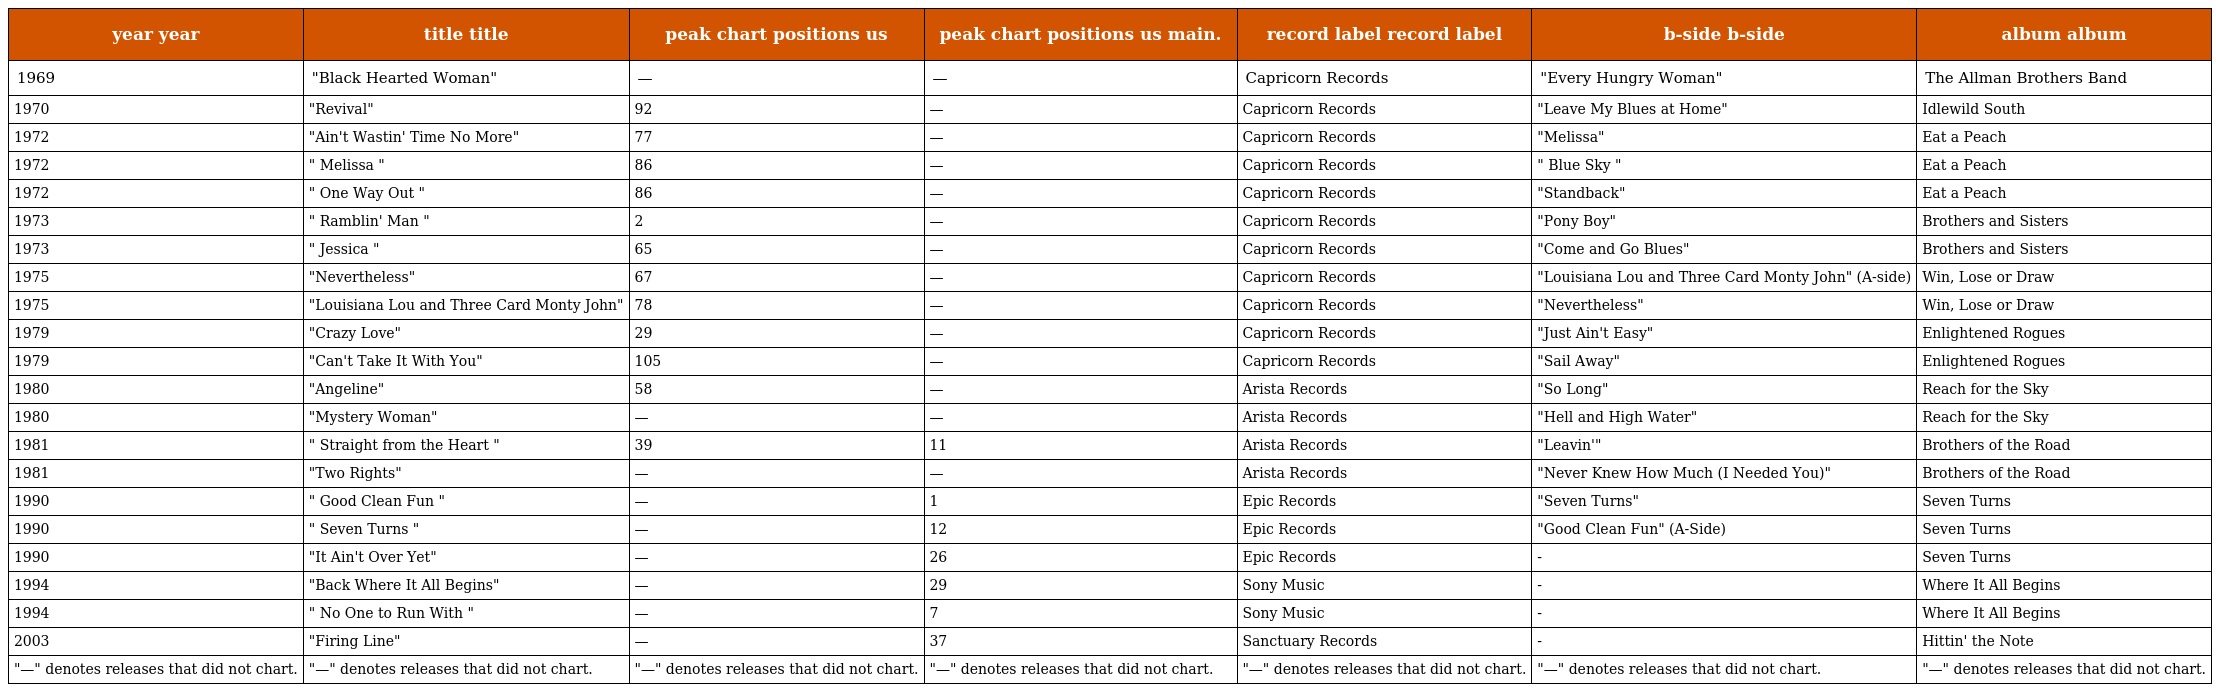
| year year | title title | peak chart positions us | peak chart positions us main. | record label record label | b-side b-side | album album |
 | --- | --- | --- | --- | --- | --- | --- |
 | 1969 | "Black Hearted Woman" | — | — | Capricorn Records | "Every Hungry Woman" | The Allman Brothers Band |
 | 1970 | "Revival" | 92 | — | Capricorn Records | "Leave My Blues at Home" | Idlewild South |
 | 1972 | "Ain't Wastin' Time No More" | 77 | — | Capricorn Records | "Melissa" | Eat a Peach |
 | 1972 | " Melissa " | 86 | — | Capricorn Records | " Blue Sky " | Eat a Peach |
 | 1972 | " One Way Out " | 86 | — | Capricorn Records | "Standback" | Eat a Peach |
 | 1973 | " Ramblin' Man " | 2 | — | Capricorn Records | "Pony Boy" | Brothers and Sisters |
 | 1973 | " Jessica " | 65 | — | Capricorn Records | "Come and Go Blues" | Brothers and Sisters |
 | 1975 | "Nevertheless" | 67 | — | Capricorn Records | "Louisiana Lou and Three Card Monty John" (A-side) | Win, Lose or Draw |
 | 1975 | "Louisiana Lou and Three Card Monty John" | 78 | — | Capricorn Records | "Nevertheless" | Win, Lose or Draw |
 | 1979 | "Crazy Love" | 29 | — | Capricorn Records | "Just Ain't Easy" | Enlightened Rogues |
 | 1979 | "Can't Take It With You" | 105 | — | Capricorn Records | "Sail Away" | Enlightened Rogues |
 | 1980 | "Angeline" | 58 | — | Arista Records | "So Long" | Reach for the Sky |
 | 1980 | "Mystery Woman" | — | — | Arista Records | "Hell and High Water" | Reach for the Sky |
 | 1981 | " Straight from the Heart " | 39 | 11 | Arista Records | "Leavin'" | Brothers of the Road |
 | 1981 | "Two Rights" | — | — | Arista Records | "Never Knew How Much (I Needed You)" | Brothers of the Road |
 | 1990 | " Good Clean Fun " | — | 1 | Epic Records | "Seven Turns" | Seven Turns |
 | 1990 | " Seven Turns " | — | 12 | Epic Records | "Good Clean Fun" (A-Side) | Seven Turns |
 | 1990 | "It Ain't Over Yet" | — | 26 | Epic Records | - | Seven Turns |
 | 1994 | "Back Where It All Begins" | — | 29 | Sony Music | - | Where It All Begins |
 | 1994 | " No One to Run With " | — | 7 | Sony Music | - | Where It All Begins |
 | 2003 | "Firing Line" | — | 37 | Sanctuary Records | - | Hittin' the Note |
 | "—" denotes releases that did not chart. | "—" denotes releases that did not chart. | "—" denotes releases that did not chart. | "—" denotes releases that did not chart. | "—" denotes releases that did not chart. | "—" denotes releases that did not chart. | "—" denotes releases that did not chart. |